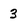
Character: 3